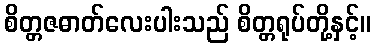
စိတ္တဇဓာတ်လေးပါးသည် စိတ္တရုပ်တို့နှင့်။